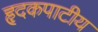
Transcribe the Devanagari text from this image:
हृदकपाटीय